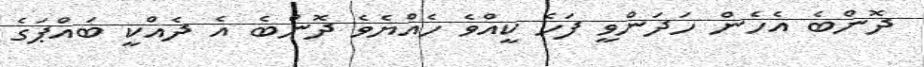
ދޮންބެ އެހެން ހަދަންވީ ފަހެ ކީއްވެ ހެއްޔެވެ ދޮންބެ އެ ދެއްކީ ބައްޕަގެ